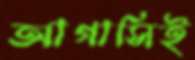
আগাসিই